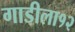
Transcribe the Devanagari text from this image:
गाडीला१२